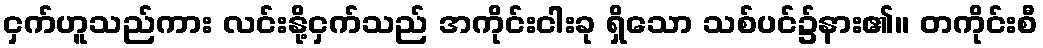
ငှက်ဟူသည်ကား လင်းနို့ငှက်သည် အကိုင်းငါးခု ရှိသော သစ်ပင်၌နား၏။ တကိုင်းစီ